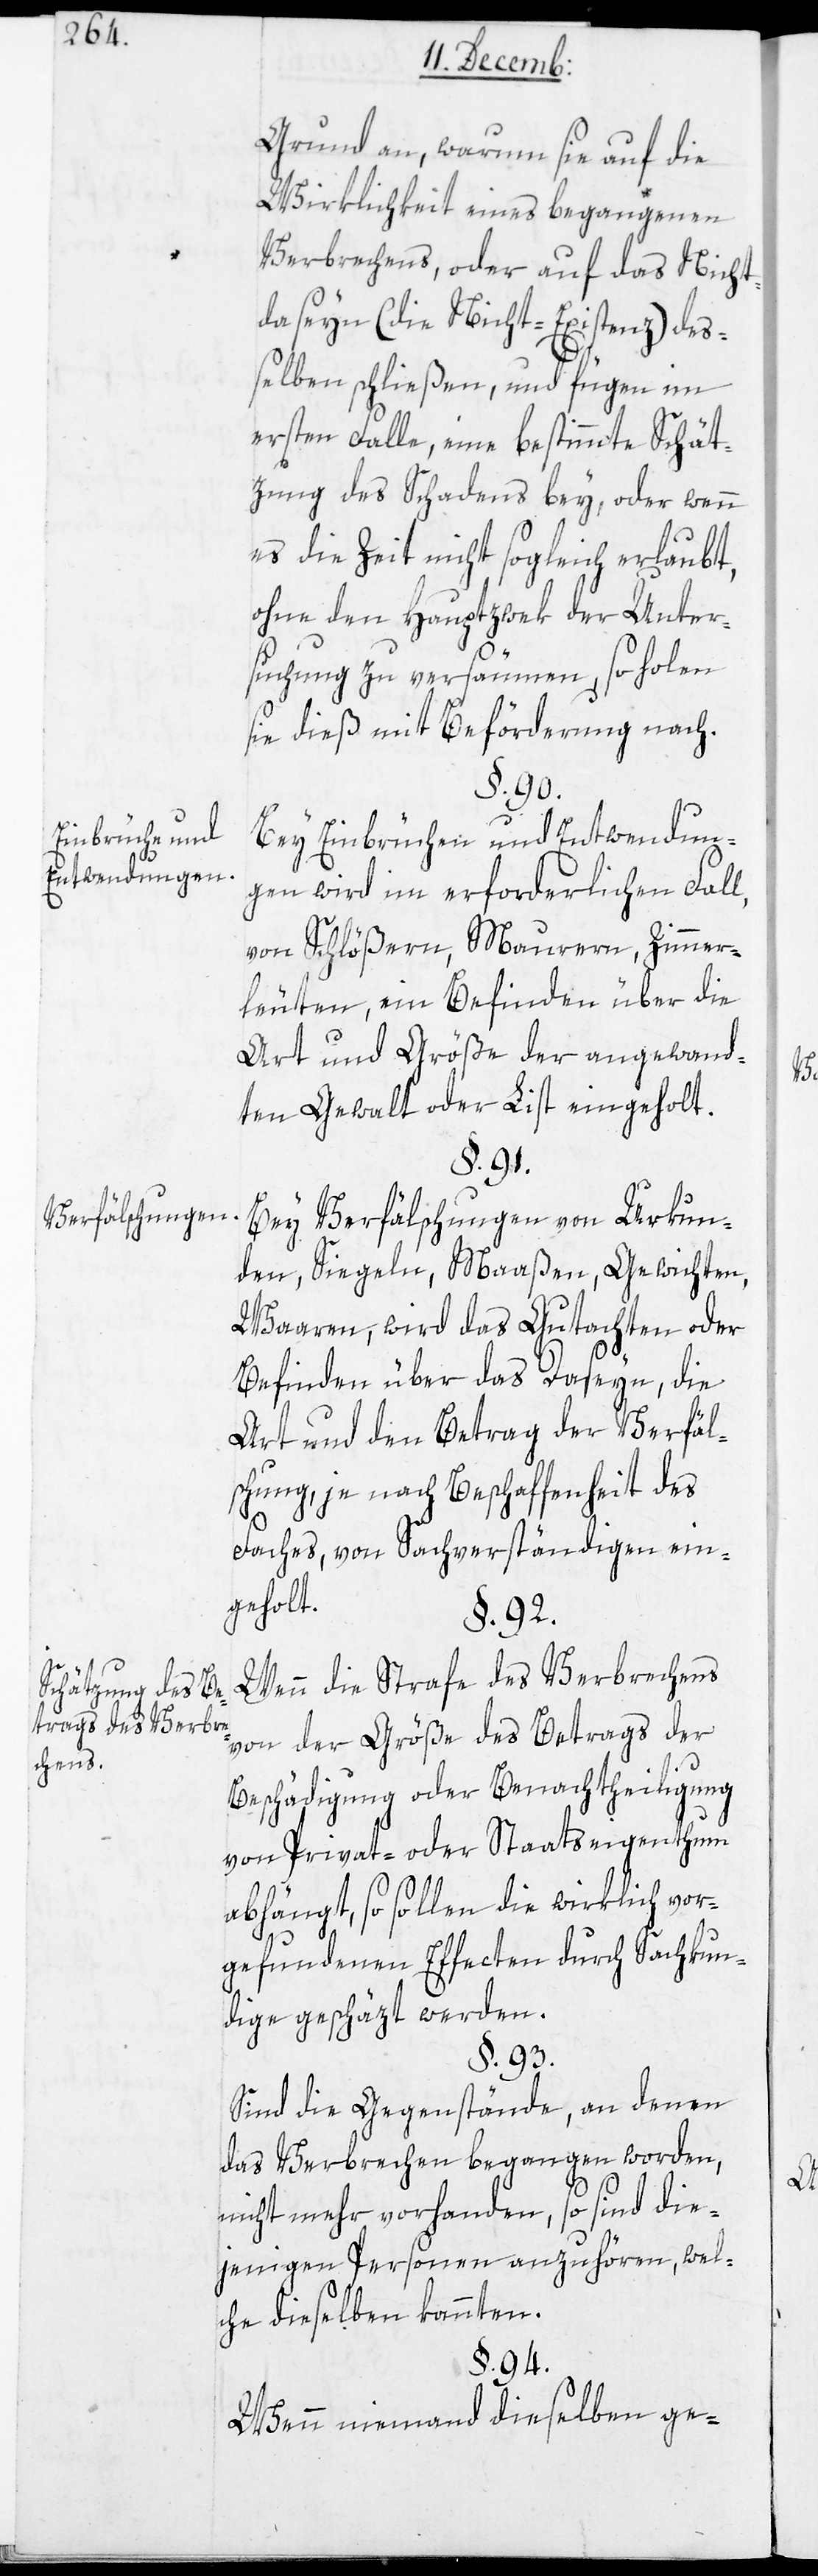
Einbrüche und
Entwendungen.
Verfälschungen.
Schätzung des Be¬
trags des Verbre¬
chens.

Grund an, warum sie auf die
Wirklichkeit eines begangenen
Verbrechens, oder auf das Nicht¬
daseyn (die Nicht-Existenz) des¬
selben schließen, und fügen im
ersten Falle, eine bestimmte Schät¬
zung des Schadens bey, oder wenn
es die Zeit nicht sogleich erlaubt,
ohne den Hauptzwek der Unter¬
suchung zu versäumen, so holen
sie dieß mit Beförderung nach.
§. 90.
Bei Einbrüchen und Entwendun¬
gen wird im erforderlichen Fall,
von Schlößern, Maurern, Zimmer¬
leuten, ein Befinden über die
Art und Größe der angewand¬
ten Gewalt oder List eingeholt.
§. 91.
Bei Verfälschungen von Urkun¬
den, Siegeln, Maaßen, Gewichten,
Waaren, wird das Gutachten oder
Befinden über das Daseyn, die
Art und den Betrag der Verfäl¬
schung, je nach Beschaffenheit des
Faches, von Sachverständigen ein¬
geholt.
§. 92.
Wenn die Strafe des Verbrechens
von der Größe des Betrags der
Beschädigung oder Benachtheiligung
von Privat- oder Staatseigenthum
abhängt, so sollen die wirklich vor¬
gefundenen Effecten durch Sachkun¬
dige geschäzt werden.
§. 93.
Sind die Gegenstände, an denen
das Verbrechen begangen worden,
nicht mehr vorhanden, so sind die¬
jenigen Personen anzuhören, wel¬
che dieselben kannten.
§. 94.
Wenn niemand dieselben ge-